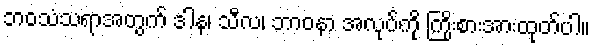
ဘဝသံသရာအတွက် ဒါန၊ သီလ၊ ဘာဝနာ အလုပ်ကို ကြိုးစားအားထုတ်ပါ။